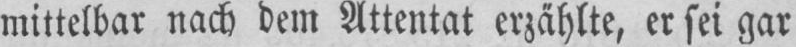
mittelbar nach dem Attentat erzählte, er sei gar